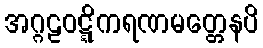
အဂ္ဂဠဝဋ္ဋိကရဏမတ္တေနပိ